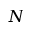
N